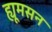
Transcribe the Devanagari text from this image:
ह्यूमसन